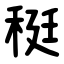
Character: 䅍